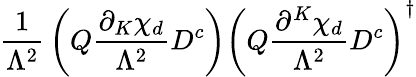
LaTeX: {\frac{1}{\Lambda^{2}}}\left({Q}{\frac{\partial_{K}\chi_{d}}{\Lambda^{2}}}D^{c}\right)\left({Q}{\frac{\partial^{K}\chi_{d}}{\Lambda^{2}}}D^{c}\right)^{\dagger}